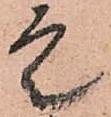
定